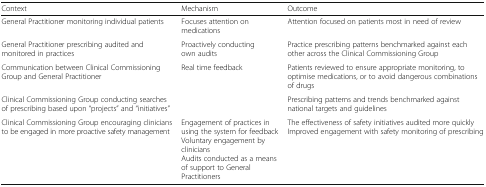
| Context | Mechanism | Outcome |
 | --- | --- | --- |
 | General Practitioner monitoring individual patients | Focuses attention on medications | Attention focused on patients most in need of review |
 | General Practitioner prescribing audited and monitored in practices | Proactively conducting own audits | Practice prescribing patterns benchmarked against each other across the Clinical Commissioning Group |
 | Communication between Clinical Commissioning Group and General Practitioner | <ROWSPAN=2> Real time feedback | Patients reviewed to ensure appropriate monitoring, to optimise medications, or to avoid dangerous combinations of drugs |
 | Clinical Commissioning Group conducting searches of prescribing based upon “projects” and “initiatives” | Prescribing patterns and trends benchmarked against national targets and guidelines |
 | Clinical Commissioning Group encouraging clinicians to be engaged in more proactive safety management | Engagement of practices in using the system for feedbackVoluntary engagement by cliniciansAudits conducted as a means of support to General Practitioners | The effectiveness of safety initiatives audited more quicklyImproved engagement with safety monitoring of prescribing |